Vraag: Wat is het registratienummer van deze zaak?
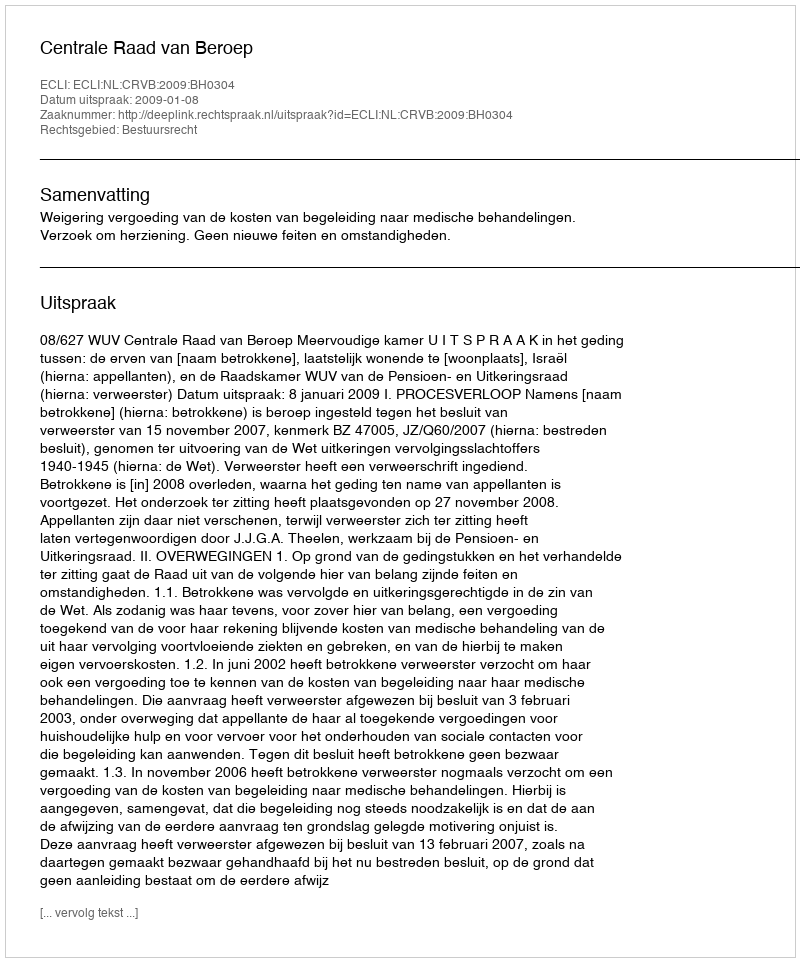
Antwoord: http://deeplink.rechtspraak.nl/uitspraak?id=ECLI:NL:CRVB:2009:BH0304